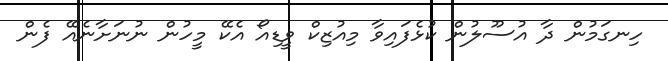
ހިނގަަމުން ދާ އުސޫލުން ކުޅެފައިވާ މިއުޒިކް ވީޑިއޯ އެކޭ މީހުން ނުނަށާނެއޭ ފެން